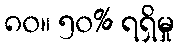
၈၀။ ၅၀% ရရှိမှု